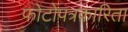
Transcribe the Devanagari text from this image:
फोटोपत्रकारिता